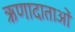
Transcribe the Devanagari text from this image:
ऋणादाताओं